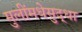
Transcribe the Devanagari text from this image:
मुलींमधेसुद्धा